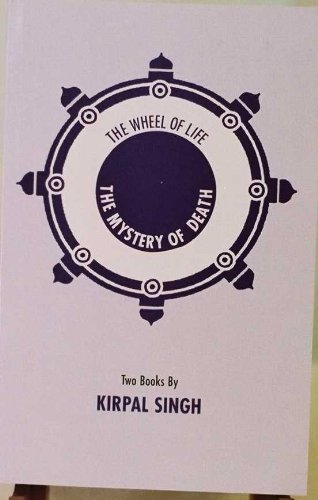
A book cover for The wheel of life & The mystery of death; Kirpal Singh; Religion & Spirituality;